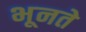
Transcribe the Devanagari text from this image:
भूनते